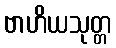
ဗာဟိယသုတ္တ